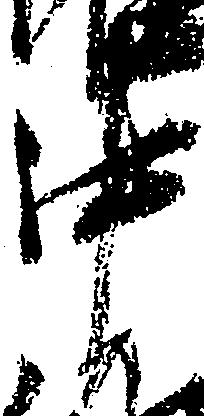
中